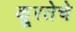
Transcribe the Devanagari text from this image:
क्रूरतेचे